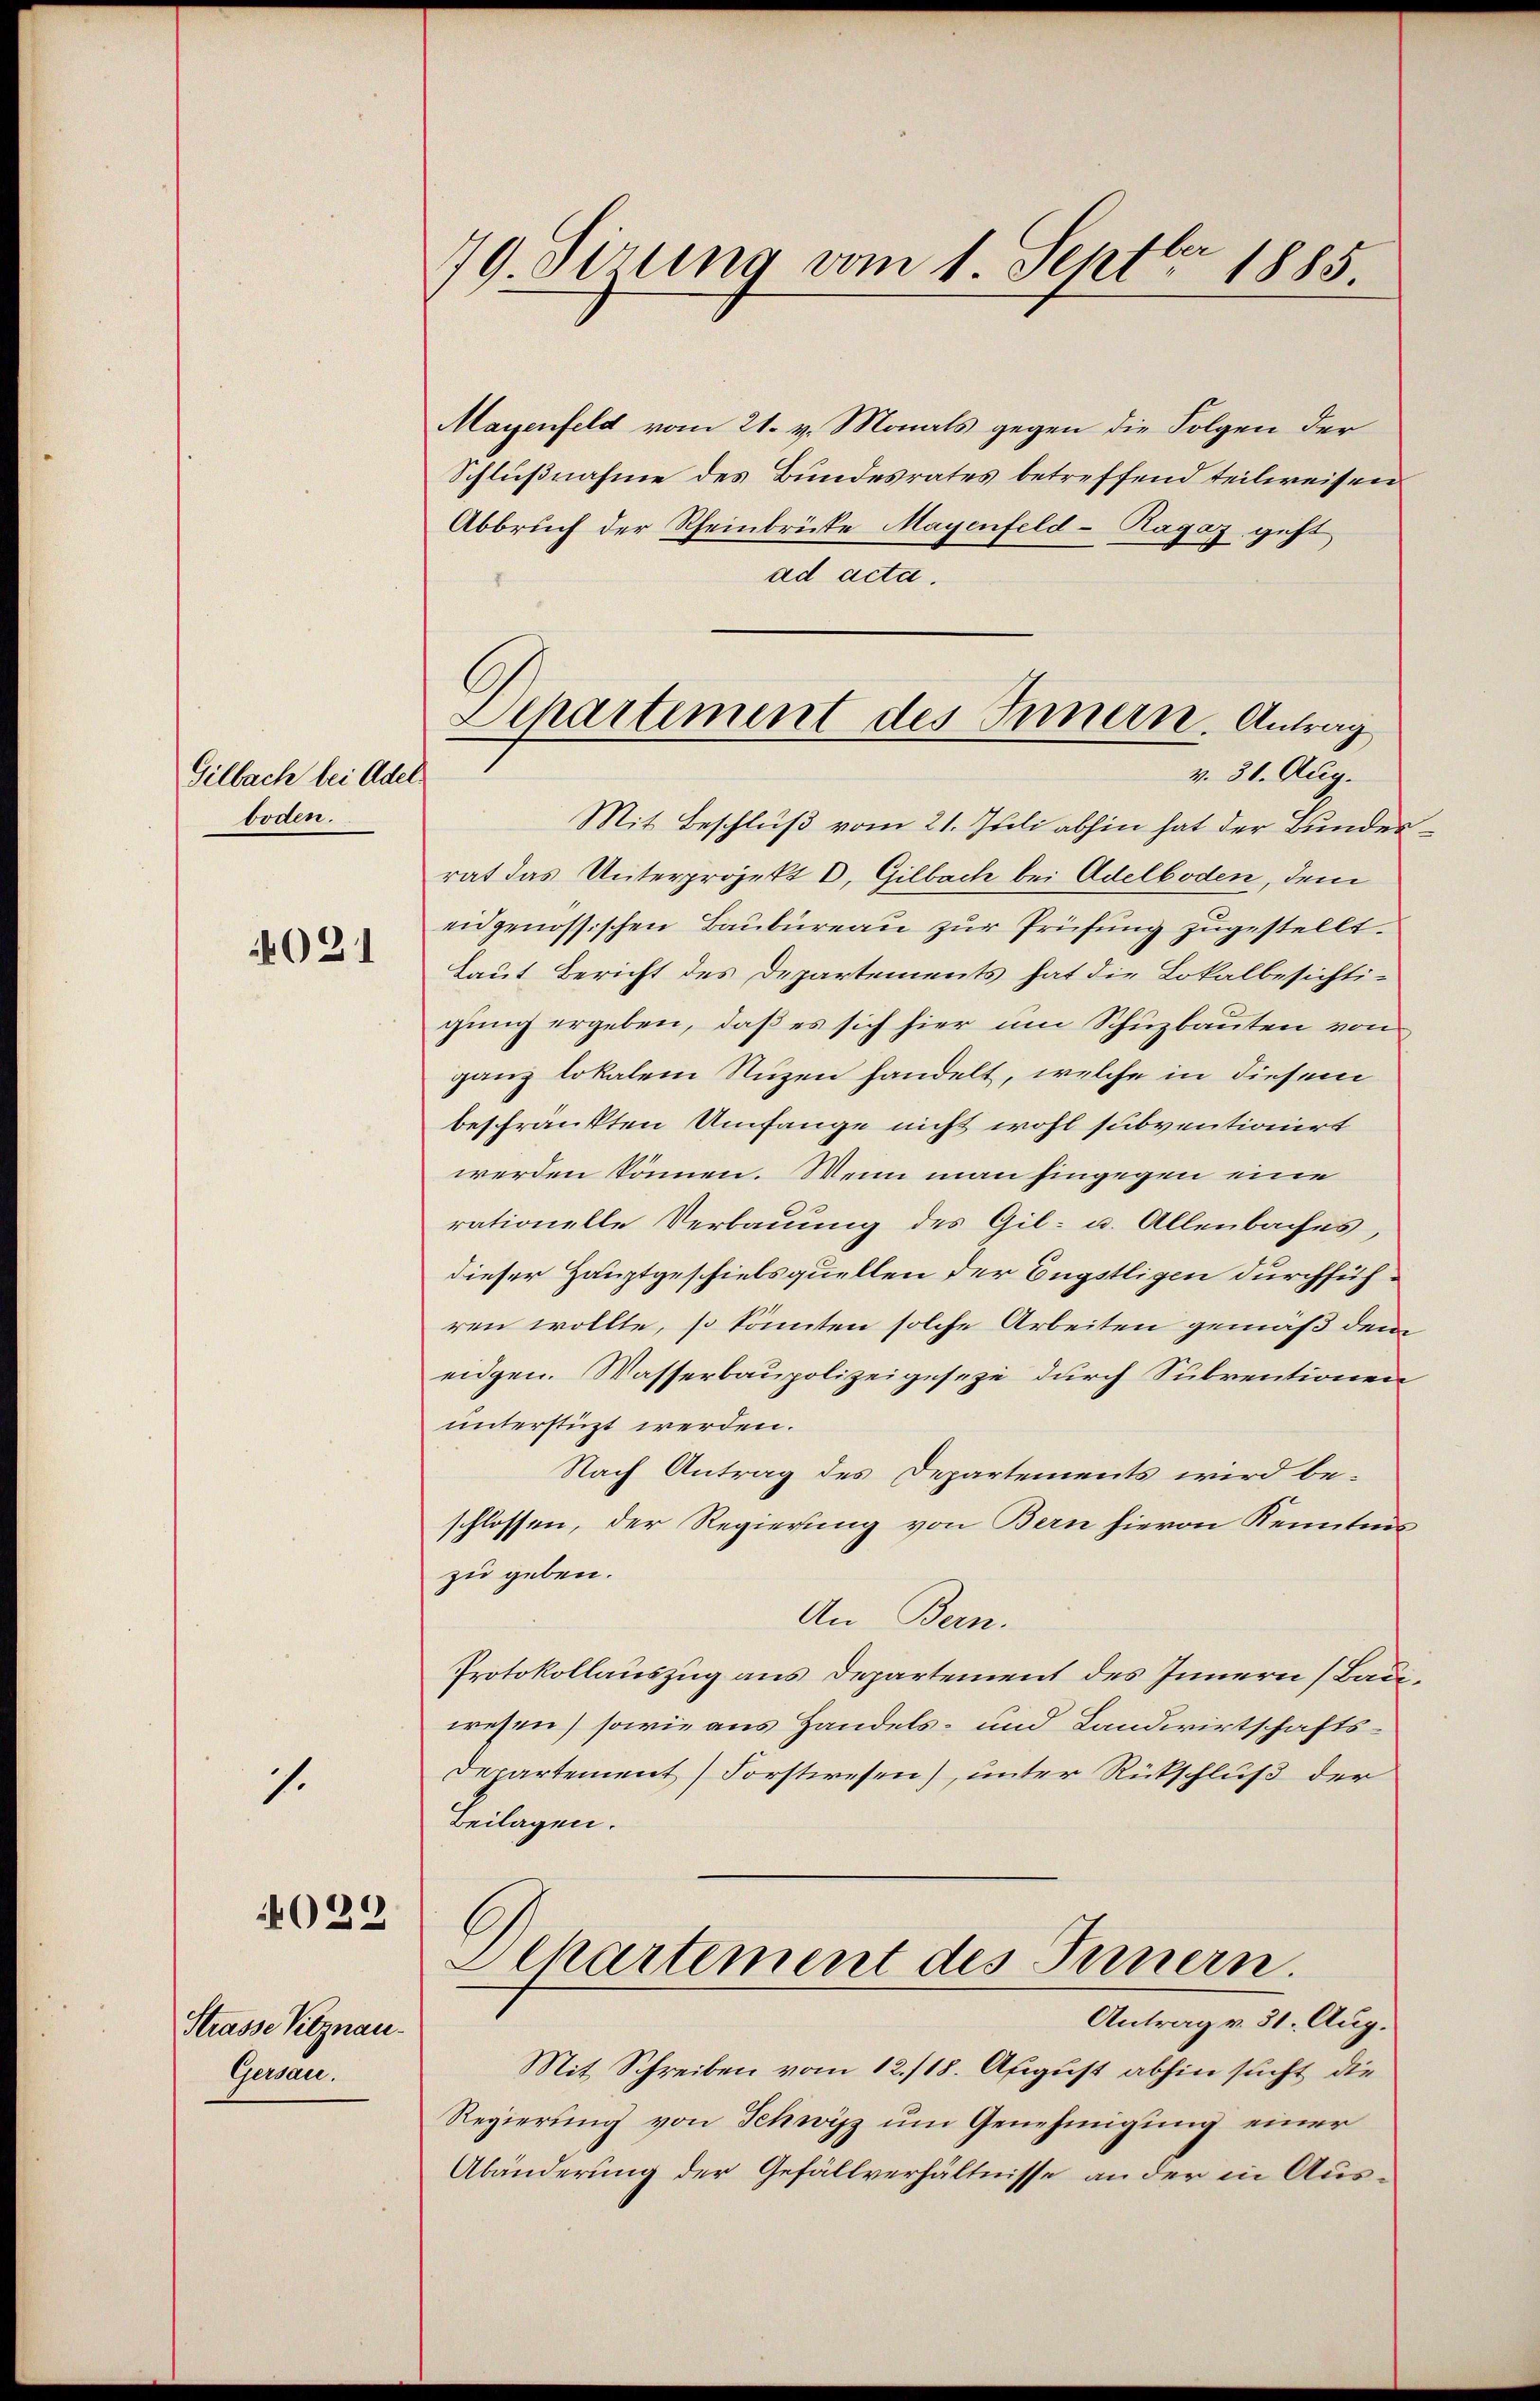
79. dirung vom 1. Sept. 1885.

Mayenfeld vom 21. v. Monats gegen die Folgen der
Schlußnahme des Bundesrates betreffend teilweisen
Abbruch der Rheinbrücke Mayenfeld-Ragaz geht
ad acta.
Mit Beschluß vom 21. Juli abhin hat der Bunder
rat das Unterprojekt E. Gilbach bei Adelboden, dem
eidgenössischen Baŭbüreau zur Prüfung zugestellt.
Laut Bericht des Departements hat die Lokalbesichtigung ergeben, daß es sich hier um Schuzbauten von
ganz lokalem Nuzen handelt, welche in diesem
beschränkten Umfange nicht wohl subventionirt
werden können. Wenn man hingegen eine
rationelle Verbauung des Gil- u. Allenbaches,
dieser Hauptgeschiebsquellen der Engstligen durchführen wollte, so könnten solche Arbeiten gemäß dem
eidgen. Wasserbaupolizeigeseze durch Subventionen
unterstüzt werden.
Nach Antrag des Departements wird beschlossen, der Regierung von Bern hievon Kenntnis
zu geben.
An Bern.
Protokollauszug aus Departement des Innern (Baden
wesen) sowie aus Handels- und Landwirtschafts¬
Departement) Forstwesen), unter Rückschluß der
Beilagen.
Departement des Innern.
Antrag v. 31. Aug.
Mit Schreiben vom 12./18. August abhin sucht die
Regierung von Schwyz um Genehmigung einer
Abänderung der Gefällverhältnisse an der in Aus¬

Departement des Innern. Antrag
v. 31. Aug.

Gilbach bei Adel.
boden.

021

s.

4032

Strasse Vitznau.
Gewan¬